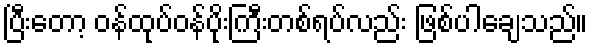
ပြီးတော့ ဝန်ထုပ်ဝန်ပိုးကြီးတစ်ရပ်လည်း ဖြစ်ပါချေသည်။